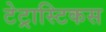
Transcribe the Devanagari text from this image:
टेट्रास्टिकस